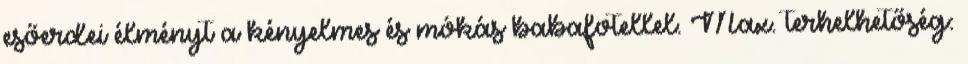
esőerdei élményt a kényelmes és mókás babafotellel. Max. terhelhetőség: